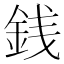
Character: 銭